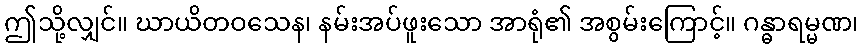
ဤသို့လျှင်။ ဃာယိတဝသေန၊ နမ်းအပ်ဖူးသော အာရုံ၏ အစွမ်းကြောင့်။ ဂန္ဓာရမ္မဏ၊